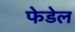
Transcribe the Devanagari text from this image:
फेडेल